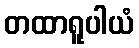
တထာရူပါယံ